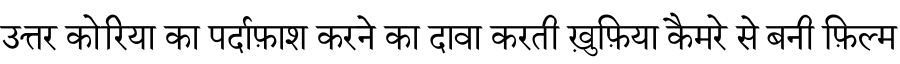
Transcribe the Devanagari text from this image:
उत्तर कोरिया का पर्दाफ़ाश करने का दावा करती ख़ुफ़िया कैमरे से बनी फ़िल्म